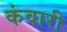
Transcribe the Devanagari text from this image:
कंवारी